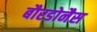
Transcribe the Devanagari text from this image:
बौरडोनैस